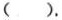
( ).